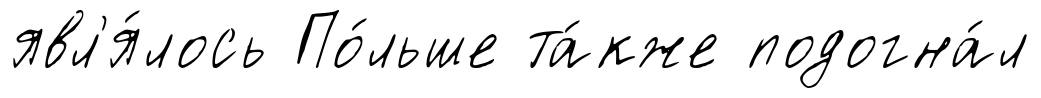
явл'я́лось По́льше та́кже подогна́л